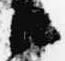
御